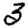
Digit: 3